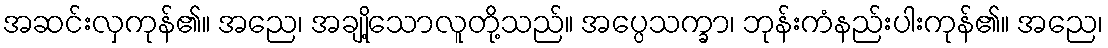
အဆင်းလှကုန်၏။ အညေ၊ အချို့သောလူတို့သည်။ အပ္ပေသက္ခာ၊ ဘုန်းကံနည်းပါးကုန်၏။ အညေ၊